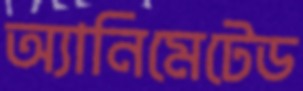
অ্যানিমেটেড